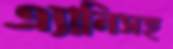
এ্যানিসহ